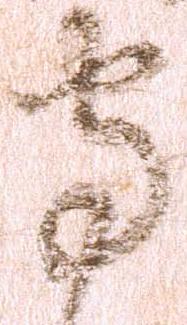
守